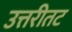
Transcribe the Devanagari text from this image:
उत्तरीतट